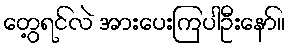
တွေ့ရင်လဲ အားပေးကြပါဦးနော်။